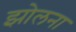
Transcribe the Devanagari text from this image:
झोलना